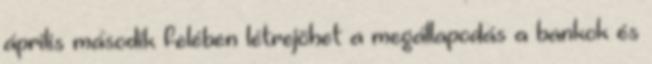
április második felében létrejöhet a megállapodás a bankok és